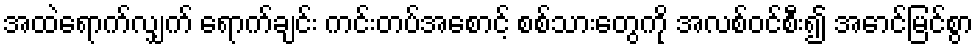
အထဲရောက်လျှက် ရောက်ချင်း ကင်းတပ်အစောင့် စစ်သားတွေကို အလစ်ဝင်စီး၍ အောင်မြင်စွာ